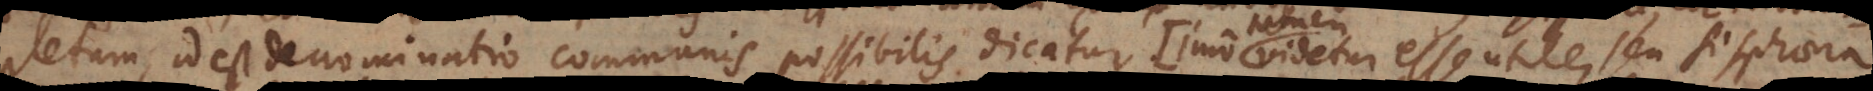
letum, id est denominatio communis, possibilis dicatur (imo videtur esse utile, seu si sphaera